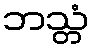
ဘသ္တံ